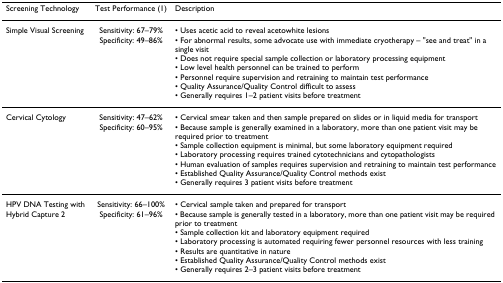
<table><thead><tr><td><b>Screening Technology</b></td><td><b>Test Performance (1)</b></td><td><b>Description</b></td></tr></thead><tbody><tr><td>Simple Visual Screening</td><td>Sensitivity: 67–79%Specificity: 49–86%</td><td>• Uses acetic acid to reveal acetowhite lesions• For abnormal results, some advocate use with immediate cryotherapy – &quot;see and treat&quot; in a single visit• Does not require special sample collection or laboratory processing equipment• Low level health personnel can be trained to perform• Personnel require supervision and retraining to maintain test performance• Quality Assurance/Quality Control difficult to assess• Generally requires 1–2 patient visits before treatment</td></tr><tr><td>Cervical Cytology</td><td>Sensitivity: 47–62%Specificity: 60–95%</td><td>• Cervical smear taken and then sample prepared on slides or in liquid media for transport• Because sample is generally examined in a laboratory, more than one patient visit may be required prior to treatment• Sample collection equipment is minimal, but some laboratory equipment required• Laboratory processing requires trained cytotechnicians and cytopathologists• Human evaluation of samples requires supervision and retraining to maintain test performance• Established Quality Assurance/Quality Control methods exist• Generally requires 3 patient visits before treatment</td></tr><tr><td>HPV DNA Testing with Hybrid Capture 2</td><td>Sensitivity: 66–100%Specificity: 61–96%</td><td>• Cervical sample taken and prepared for transport• Because sample is generally tested in a laboratory, more than one patient visit may be required prior to treatment• Sample collection kit and laboratory equipment required• Laboratory processing is automated requiring fewer personnel resources with less training• Results are quantitative in nature• Established Quality Assurance/Quality Control methods exist• Generally requires 2–3 patient visits before treatment</td></tr></tbody></table>